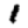
Digit: 1